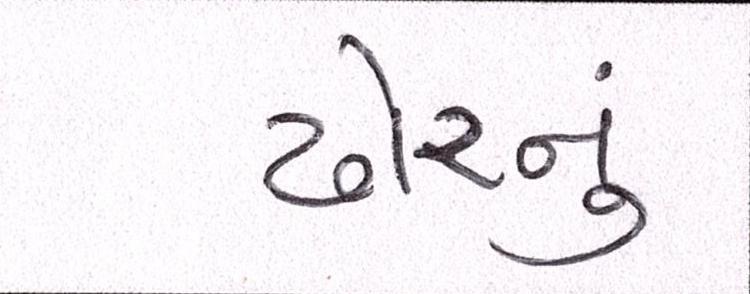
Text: ઢોરનું